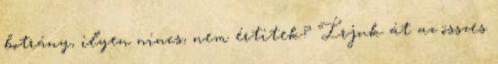
botrány, ilyen nincs, nem értitek? Írjuk át az összes